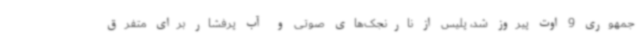
جمهوری 9 اوت پیروز شد، پلیس از نارنجک‌های صوتی و آب پرفشار برای متفرق